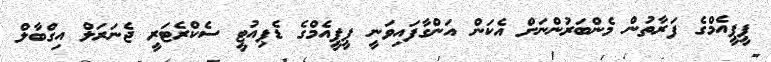
ޕީޕީއެމްގެ ފަރާތުން މެންބަރުންނަށް އެކަން އަންގާފައިވަނީ ޕީޕީއެމްގެ ޑެޕިއުޓީ ސެކްރެޓަރީ ޖެނަރަލް އިގްބާލް